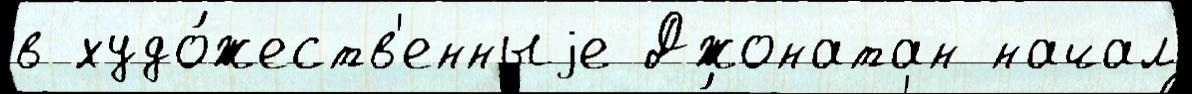
в худо́жеств'енныjе Джонатан начал